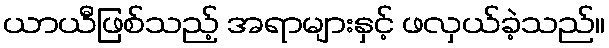
ယာယီဖြစ်သည့် အရာများနှင့် ဖလှယ်ခဲ့သည်။